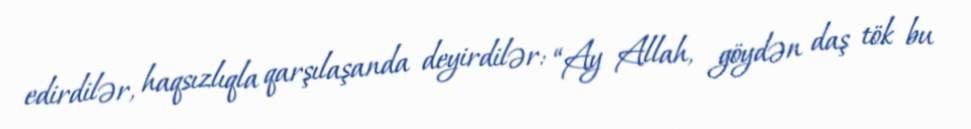
edirdilər, haqsızlıqla qarşılaşanda deyirdilər: “Ay Allah, göydən daş tök bu